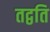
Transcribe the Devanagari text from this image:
तद्वति